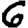
Digit: 6